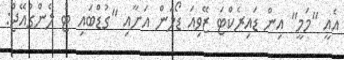
އެއީ "މަމީ" އިން ޑައިރެކްޓަ ޒޭވިއަ ޑޯލަން އަށާއި "ގުޑްބައި ޓު ލެންގުއޭޖް: